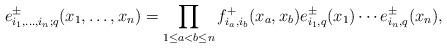
LaTeX: \begin{align*} e_{i_1,\dots,i_n;q}^\pm(x_1,\dots,x_n) =\prod_{1\le a<b\le n}f_{i_a,i_b}^+(x_a,x_b) e_{i_1,q}^\pm(x_1)\cdots e_{i_n,q}^\pm(x_n),\end{align*}